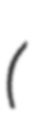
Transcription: (